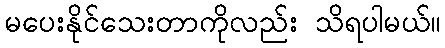
မပေးနိုင်သေးတာကိုလည်း သိရပါမယ်။